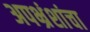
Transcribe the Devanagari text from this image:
अपभ्रंशांचा